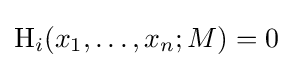
\operatorname {H} _{i}(x_{1},\dots ,x_{n};M)=0